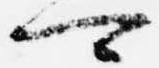
可